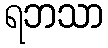
ရဘသာ